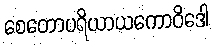
စေတောပရိယာယကောဝိဒေါ